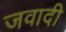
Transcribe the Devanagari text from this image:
जवादी